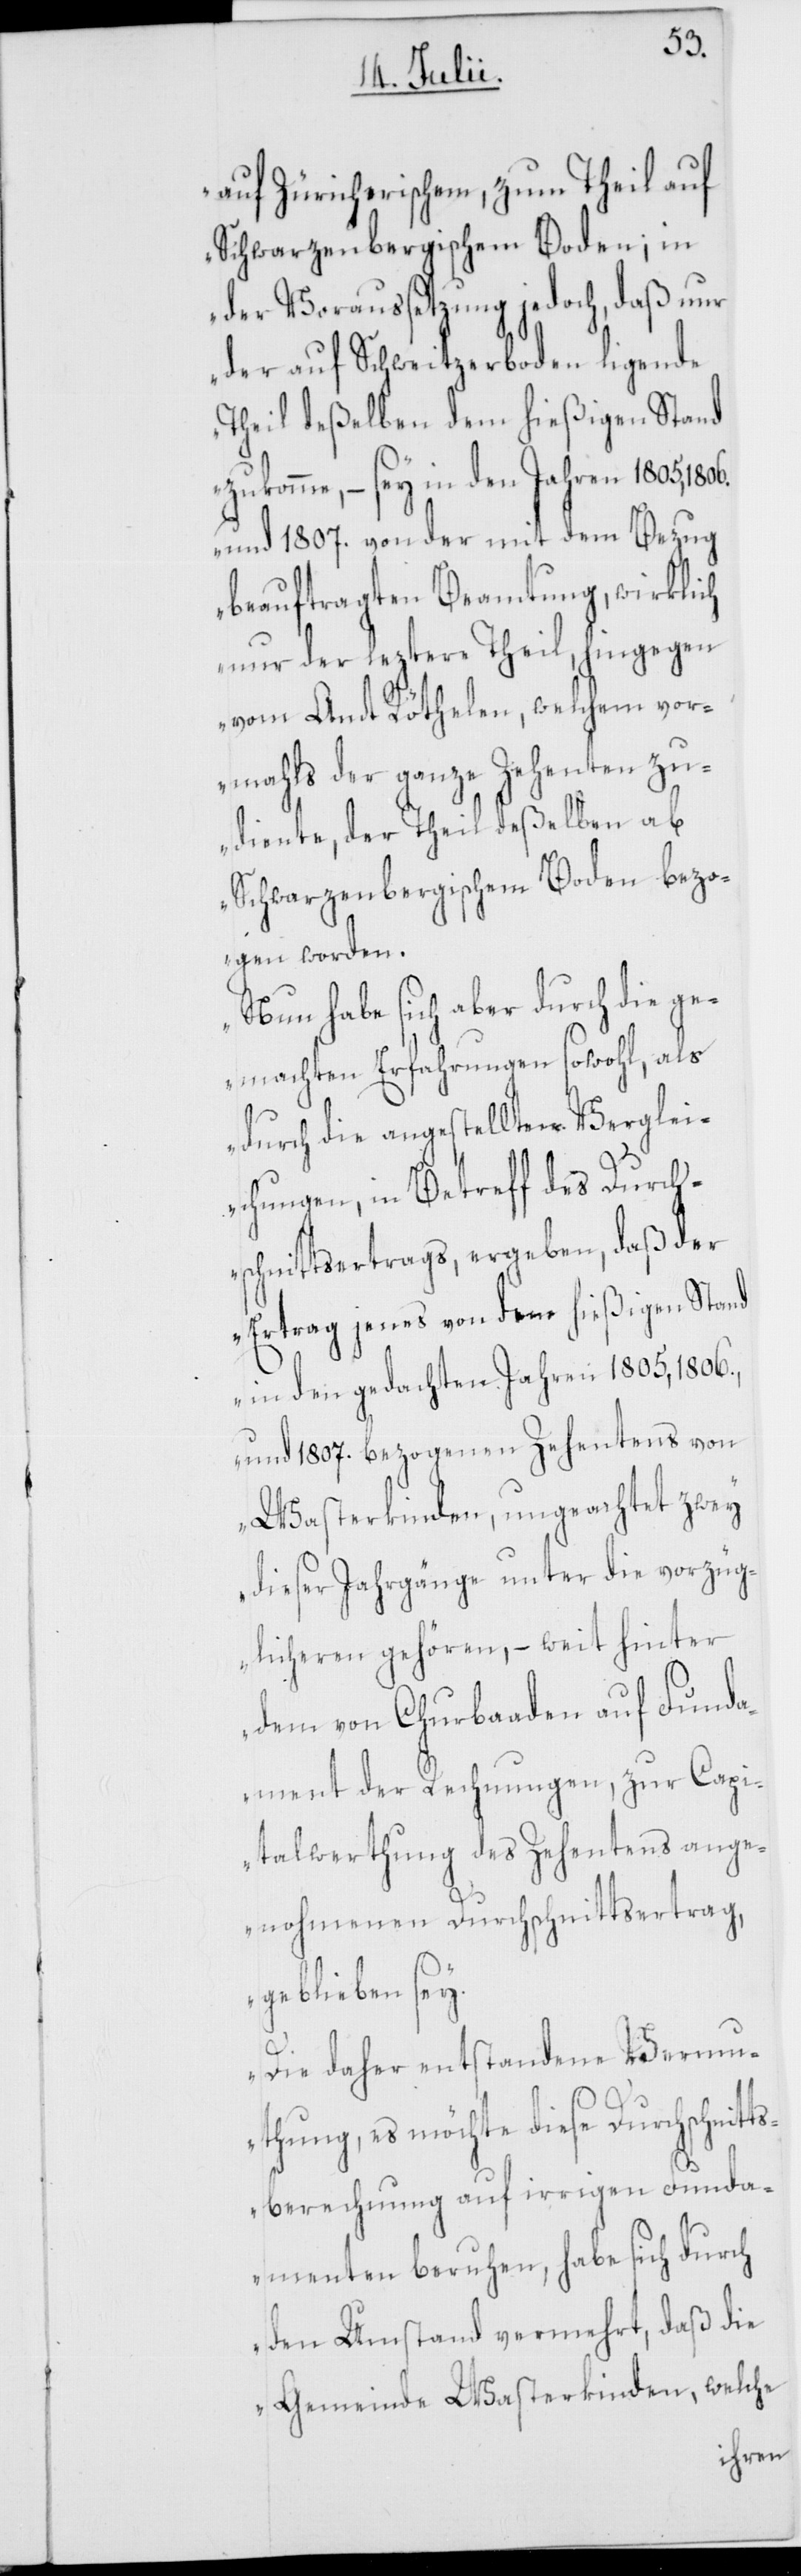
auf Zürcherischem, zum Theil auf
Schwarzenbergischem Boden; in
der Voraussetzung jedoch, daß nur
der auf Schweitzerboden ligende
Theil deßelben dem hießigen Stand
zukomme, – sey in den Jahren 1805, 1806.
und 1807. von der mit dem Bezug
beauftragten Beamtung, wirklich
nur der leztere Theil, hingegen
vom Amt Röthelen, welchem vor¬
mahls der ganze Zehenten zu¬
diente, der Theil deßelben ab
Schwarzenbergischem Boden bezo¬
gen worden.
Nun habe sich aber durch die ge¬
machten Erfahrungen sowohl, als
durch die angestellten Verglei¬
chungen, in Betreff des Durch¬
schnittsertrags, ergeben, daß der
Ertrag jenes von dem hießigen Stand
in den gedachten Jahren 1805, 1806.,
und 1807. bezogenen Zehentens von
Wasterkinden, ungeachtet zwey
dieser Jahrgänge unter die vorzüg¬
licheren gehören, – weit hinter
dem von Churbaaden auf Funda¬
ment der Rechnungen, zur Capi¬
talwerthung des Zehentens ange¬
nohmenen Durchschnittsertrag,
geblieben sey.
Die daher entstandene Vermu¬
thung, es möchte diese Durchschnitt¬
sberechnung auf irrigen Funda¬
menten beruhen, habe sich durch
den Umstand vermehrt, daß die
Gemeinde Wasterkinden, welche